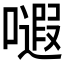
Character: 𱕃